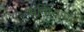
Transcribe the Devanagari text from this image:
भविष्यावर